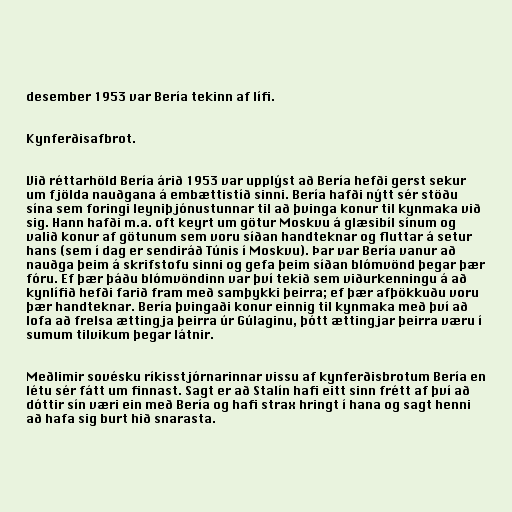
desember 1953 var Bería tekinn af lífi.

Kynferðisafbrot.

Við réttarhöld Bería árið 1953 var upplýst að Bería hefði gerst sekur
um fjölda nauðgana á embættistíð sinni. Bería hafði nýtt sér stöðu
sína sem foringi leyniþjónustunnar til að þvinga konur til kynmaka við
sig. Hann hafði m.a. oft keyrt um götur Moskvu á glæsibíl sínum og
valið konur af götunum sem voru síðan handteknar og fluttar á setur
hans (sem í dag er sendiráð Túnis í Moskvu). Þar var Bería vanur að
nauðga þeim á skrifstofu sinni og gefa þeim síðan blómvönd þegar þær
fóru. Ef þær þáðu blómvöndinn var því tekið sem viðurkenningu á að
kynlífið hefði farið fram með samþykki þeirra; ef þær afþökkuðu voru
þær handteknar. Bería þvingaði konur einnig til kynmaka með því að
lofa að frelsa ættingja þeirra úr Gúlaginu, þótt ættingjar þeirra væru í
sumum tilvikum þegar látnir.

Meðlimir sovésku ríkisstjórnarinnar vissu af kynferðisbrotum Bería en
létu sér fátt um finnast. Sagt er að Stalín hafi eitt sinn frétt af því að
dóttir sín væri ein með Bería og hafi strax hringt í hana og sagt henni
að hafa sig burt hið snarasta.